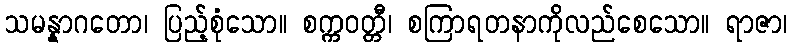
သမန္နာဂတော၊ ပြည့်စုံသော။ စက္ကဝတ္တီ၊ စကြာရတနာကိုလည်စေသော။ ရာဇာ၊